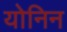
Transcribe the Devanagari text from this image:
योनिन